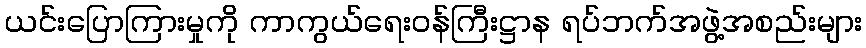
ယင်းပြောကြားမှုကို ကာကွယ်ရေးဝန်ကြီးဋ္ဌာန ရပ်ဘက်အဖွဲ့အစည်းများ